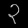
Digit: ၃